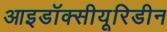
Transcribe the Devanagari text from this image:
आइडॉक्सीयूरिडीन